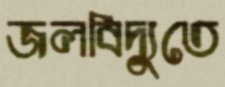
জলবিদ্যুতে